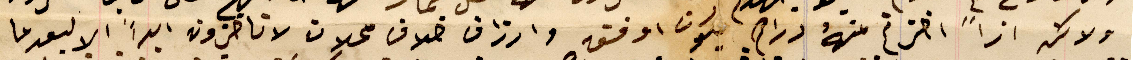
ولكن ازاً اخزتم منهُ دراهم يكون اوفق وارزاق خلاف محلات لا تاخزون ابداً الا بعدما